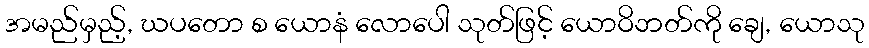
အမည်မှည့်, ဃပတော စ ယောနံ လောပေါ သုတ်ဖြင့် ယောဝိဘတ်ကို ချေ, ယောသု